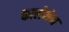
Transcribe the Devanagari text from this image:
कार्लसेन